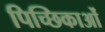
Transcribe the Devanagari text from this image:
पिच्छिकाओं